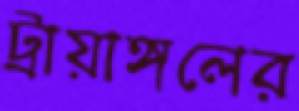
ট্রায়াঙ্গলের